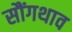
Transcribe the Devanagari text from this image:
सौंगथाव